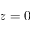
z = 0